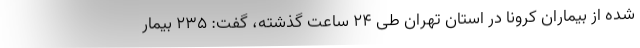
شده از بیماران کرونا در استان تهران طی ۲۴ ساعت گذشته، گفت: ۲۳۵ بیمار